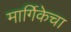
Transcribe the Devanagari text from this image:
मार्गिकेचा